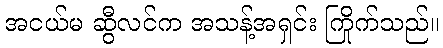
အငယ်မ ဆွီလင်က အသန့်အရှင်း ကြိုက်သည်။